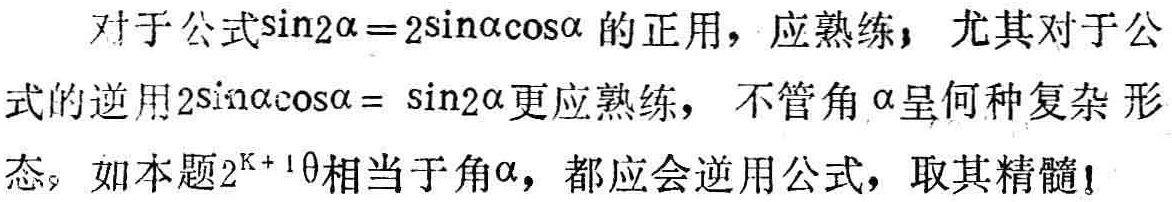
对于公式\(\sin2\alpha = 2\sin\alpha\cos\alpha\)的正用，应熟练，尤其对于公式的逆用\(2\sin\alpha\cos\alpha = \sin2\alpha\)更应熟练，不管角\(\alpha\)呈何种复杂形态，如本题\(2^{K + 1}\theta\)相当于角\(\alpha\)，都应会逆用公式，取其精髓！